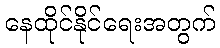
နေထိုင်နိုင်ရေးအတွက်